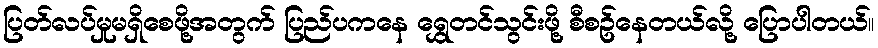
ပြတ်လပ်မှုမရှိစေဖို့အတွက် ပြည်ပကနေ ရွှေတင်သွင်းဖို့ စီစဥ်နေတယ်လို့ ပြောပါတယ်။